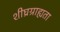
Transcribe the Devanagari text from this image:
शीघ्रग्राह्यता